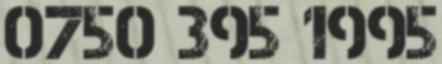
0750 395 1995